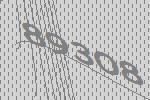
89308